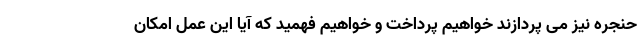
حنجره نیز می پردازند خواهیم پرداخت و خواهیم فهمید که آیا این عمل امکان